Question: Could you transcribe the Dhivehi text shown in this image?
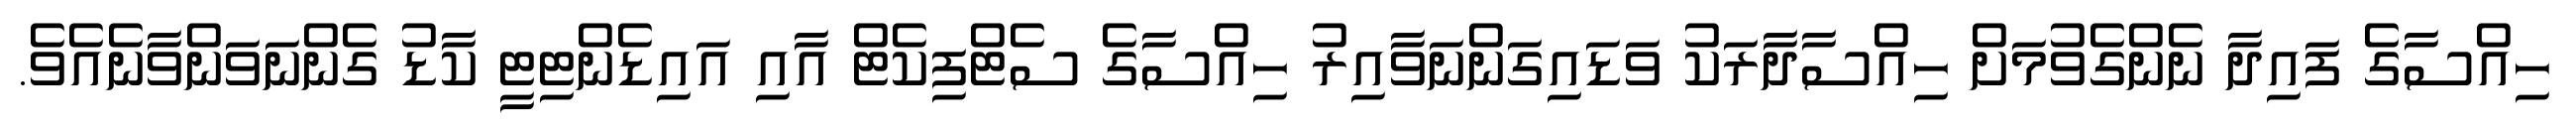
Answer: ހިއްސާގެ ފައިދާ ނެންގެވުމަށް ހިއްސާދާރަކު ވަޑައިގަންނަވާއިރު ހިއްސާގެ ސެޓްފިކެޓް އާއި އައިޑެންޓިޓީ ކާޑު ގެންނަވަންވާނެއެވެ.